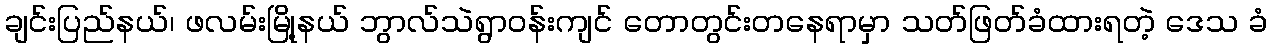
ချင်းပြည်နယ်၊ ဖလမ်းမြို့နယ် ဘွာလ်သဲရွာဝန်းကျင် တောတွင်းတနေရာမှာ သတ်ဖြတ်ခံထားရတဲ့ ဒေသ ခံ